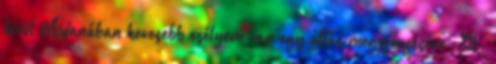
kívül Adanában kevesebb esélyem van egy állás megszerzésére. Stb.